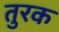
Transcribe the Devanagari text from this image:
तुरक